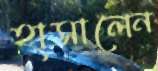
হাসালেন